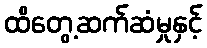
ထိတွေ့ဆက်ဆံမှုနှင့်